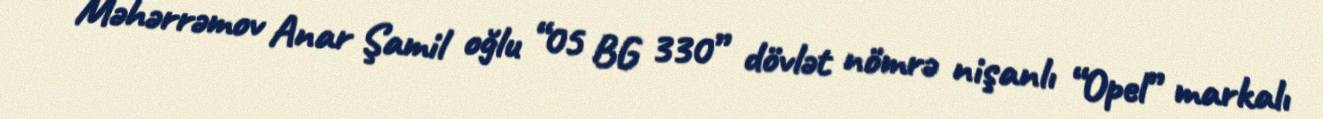
Məhərrəmov Anar Şamil oğlu “05 BG 330” dövlət nömrə nişanlı “Opel” markalı